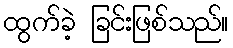
ထွက်ခဲ့ ခြင်းဖြစ်သည်။